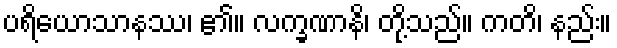
ပရိယောသာနဿ၊ ၏။ လက္ခဏာနိ၊ တို့သည်။ ကတိ၊ နည်း။